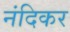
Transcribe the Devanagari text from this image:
नंदिकर